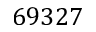
6 9 3 2 7